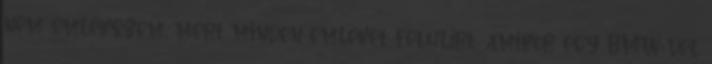
nem emlékszem, mert minden emléket felülírt, amikor egy BMW-vel